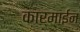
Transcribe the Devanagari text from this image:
कार्माईन